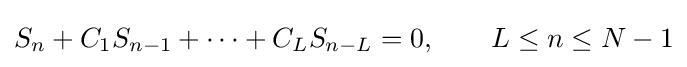
S_{n}+C_{1}S_{n-1}+\cdots +C_{L}S_{n-L}=0,\qquad L\leq n\leq N-1